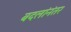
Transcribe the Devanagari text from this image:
बदलांनंतर